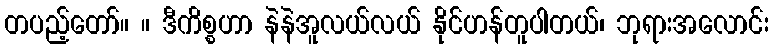
တပည့်တော်။ ။ ဒီကိစ္စဟာ နဲနဲအူလယ်လယ် နိုင်ဟန်တူပါတယ်၊ ဘုရားအလောင်း